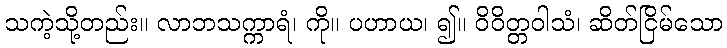
သကဲ့သို့တည်း။ လာဘသက္ကာရံ၊ ကို။ ပဟာယ၊ ၍။ ဝိဝိတ္တဝါသံ၊ ဆိတ်ငြိမ်သော